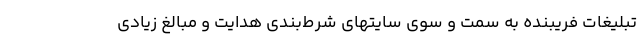
تبلیغات فریبنده به سمت و سوی سایتهای شرط‌بندی هدایت و مبالغ زیادی